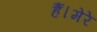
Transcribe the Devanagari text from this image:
हैं।मेरे